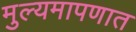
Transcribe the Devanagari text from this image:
मुल्यमापणात